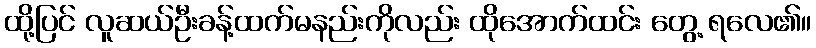
ထို့ပြင် လူဆယ်ဦးခန့်ထက်မနည်းကိုလည်း ထိုအောက်ထင်း တွေ့ ရလေ၏။